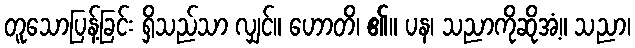
တူသောပြန့်ခြင်း ရှိသည်သာ လျှင်။ ဟောတိ၊ ၏။ ပန၊ သညာကိုဆိုအံ့။ သညာ၊